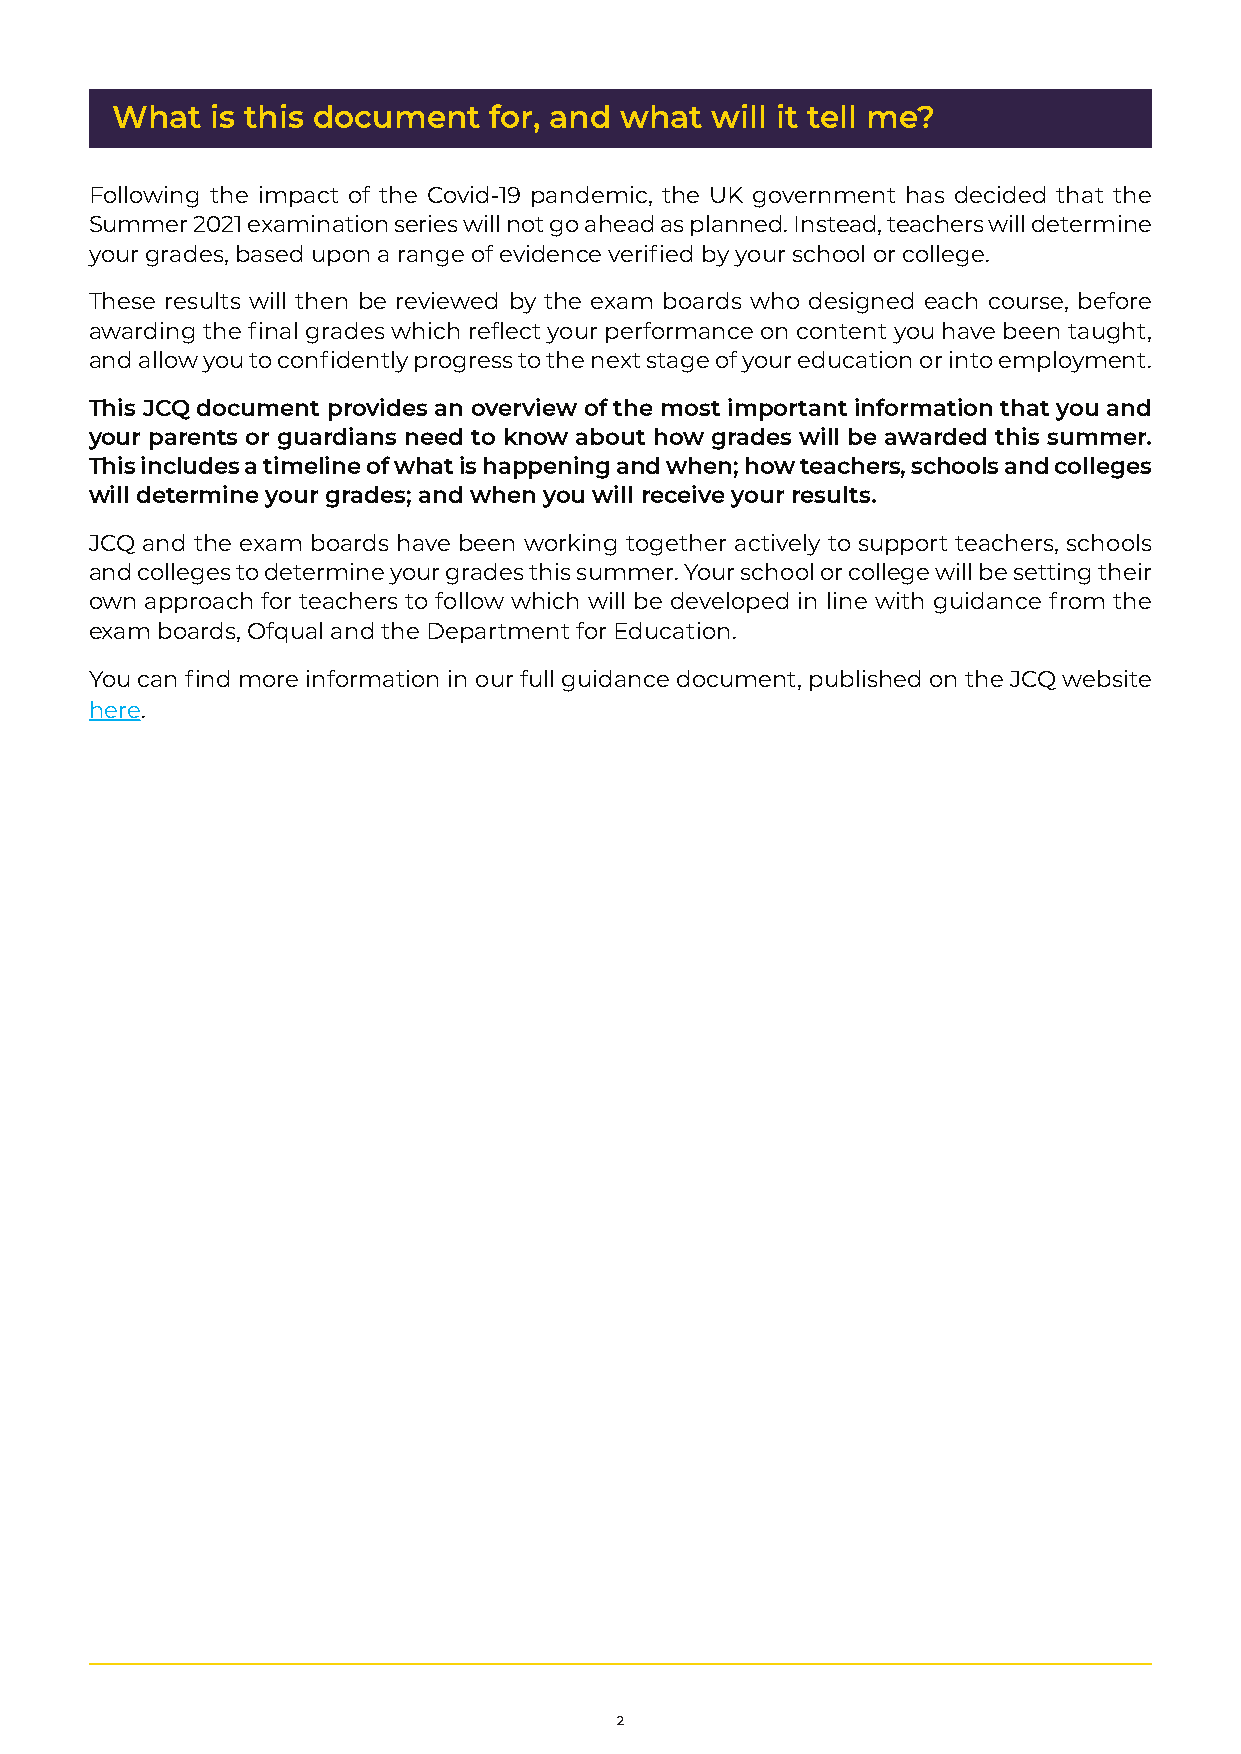
What   is this document  for, and what  will it tell me?
 Following the impact of the Covid-19 pandemic, the UK government has decided that the
 Summer 2021 examination series will not go ahead as planned. Instead, teachers will determine
 your grades, based upon a range of evidence verified by your school or college.
 These results will then be reviewed by the exam boards who designed each course, before
 awarding the final grades which reflect your performance on content you have been taught,
 and allow you to confidently progress to the next stage of your education or into employment.
 This JCQ document provides an overview of the most important information that you and
 your parents or guardians need to know about how grades will be awarded this summer.
 This includes a timeline of what is happening and when; how teachers, schools and colleges
 will determine your grades; and when you will receive your results.
 JCQ and the exam boards have been working together actively to support teachers, schools
 and colleges to determine your grades this summer. Your school or college will be setting their
 own approach for teachers to follow which will be developed in line with guidance from the
 exam boards, Ofqual and the Department for Education.
 You can find more information in our full guidance document, published on the JCQ website
 here.
 2